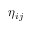
\eta _ { i j }